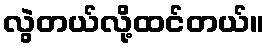
လွဲတယ်လို့ထင်တယ်။